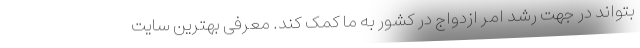
بتواند در جهت رشد امر ازدواج در کشور به ما کمک کند. معرفی بهترین سایت